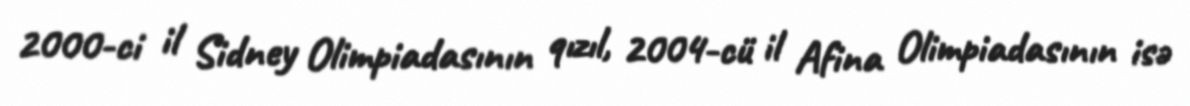
2000-ci il Sidney Olimpiadasının qızıl, 2004-cü il Afina Olimpiadasının isə